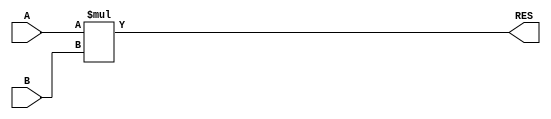
`timescale 1ns / 1ps

module unsigned_Multiplier(
    input [7:0] A,
    input [3:0] B,
    output [11:0] RES
    );
	 
	 assign RES = A * B;

endmodule